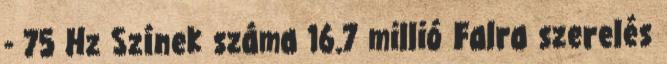
- 75 Hz Színek száma 16.7 millió Falra szerelés